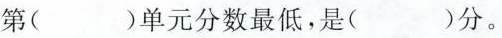
第（）单元分数最低，是（）分。